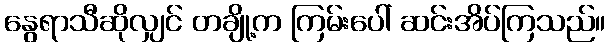
နွေရာသီဆိုလျှင် တချို့က ကြမ်းပေါ် ဆင်းအိပ်ကြသည်။